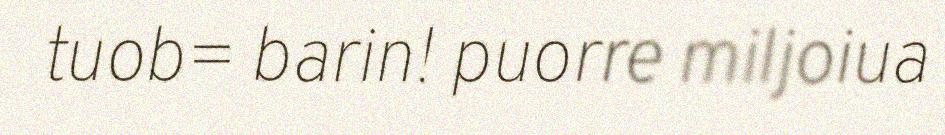
tuob= barin! puorre miljoiua